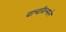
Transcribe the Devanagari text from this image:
वाचविल्याने